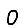
Digit: 0